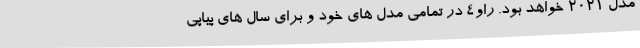
مدل 2021 خواهد بود. راو4 در تمامی مدل های خود و برای سال های پیاپی